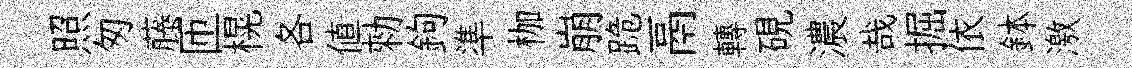
照匆藤匝榥各值勑鉤準枷崩跪鬲轉硯濃哉掘依鉢激